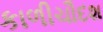
કાળીચૌદશ